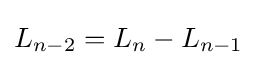
L_{n-2}=L_{n}-L_{n-1}